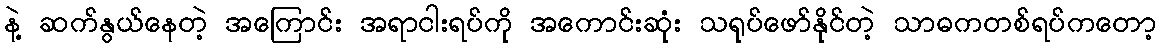
နဲ့ ဆက်နွယ်နေတဲ့ အကြောင်း အရာငါးရပ်ကို အကောင်းဆုံး သရုပ်ဖော်နိုင်တဲ့ သာဓကတစ်ရပ်ကတော့